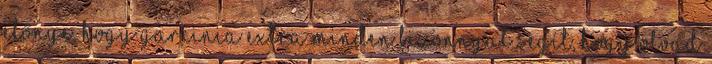
előnye, hogy Garcinia Extra minden bizonnyal segít, hogy olvad